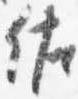
佐